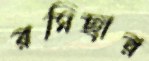
রমিছার